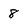
Character: 8